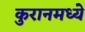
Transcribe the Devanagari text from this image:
कुरानमध्ये